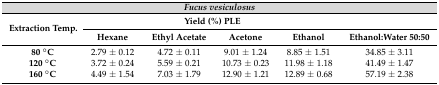
| <COLSPAN=6> Fucus vesiculosus |
 | <ROWSPAN=2> Extraction Temp. | <COLSPAN=4> Yield (%) PLE |  |
 | Hexane | Ethyl Acetate | Acetone | Ethanol | Ethanol:Water 50:50 |
 | --- | --- | --- | --- | --- | --- |
 | 80 °C | 2.79 ± 0.12 | 4.72 ± 0.11 | 9.01 ± 1.24 | 8.85 ± 1.51 | 34.85 ± 3.11 |
 | 120 °C | 3.72 ± 0.24 | 5.59 ± 0.21 | 10.73 ± 0.23 | 11.98 ± 1.18 | 41.49 ± 1.47 |
 | 160 °C | 4.49 ± 1.54 | 7.03 ± 1.79 | 12.90 ± 1.21 | 12.89 ± 0.68 | 57.19 ± 2.38 |